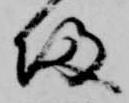
帰